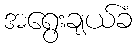
အရွေးချယ်ခံ